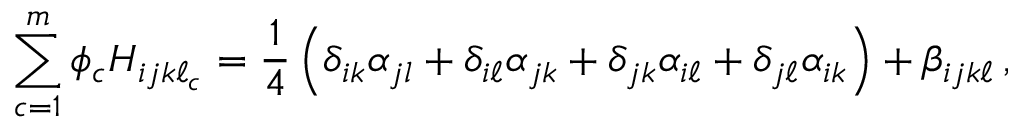
\sum _ { c = 1 } ^ { m } \phi _ { c } H _ { i j k \ell _ { c } } = \frac { 1 } { 4 } \left( \delta _ { i k } \alpha _ { j l } + \delta _ { i \ell } \alpha _ { j k } + \delta _ { j k } \alpha _ { i \ell } + \delta _ { j \ell } \alpha _ { i k } \right) + \beta _ { i j k \ell } \, ,